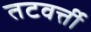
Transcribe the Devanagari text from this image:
तटवर्त्ती